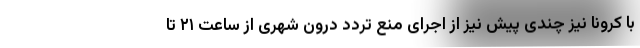
با کرونا نیز چندی پیش نیز از اجرای منع تردد درون شهری از ساعت ۲۱ تا